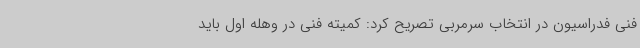
فنی فدراسیون در انتخاب سرمربی تصریح کرد: کمیته فنی در وهله اول باید